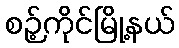
စဉ့်ကိုင်မြို့နယ်